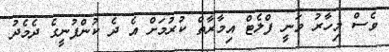
ވެސް މިހާރު ވަނީ ފްލެޓް އިމާރާތް ކުރުމަށް އެ ދެ ކުންފުނީގެ ދެމެދު